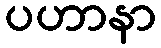
ပဟာနာ